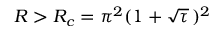
R > R _ { c } = \pi ^ { 2 } ( 1 + \sqrt { \tau } \, ) ^ { 2 }